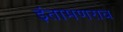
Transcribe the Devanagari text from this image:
इंतामणराव